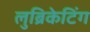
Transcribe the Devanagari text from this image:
लुब्रिकेटिंग